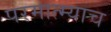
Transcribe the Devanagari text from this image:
परमात्म्याच